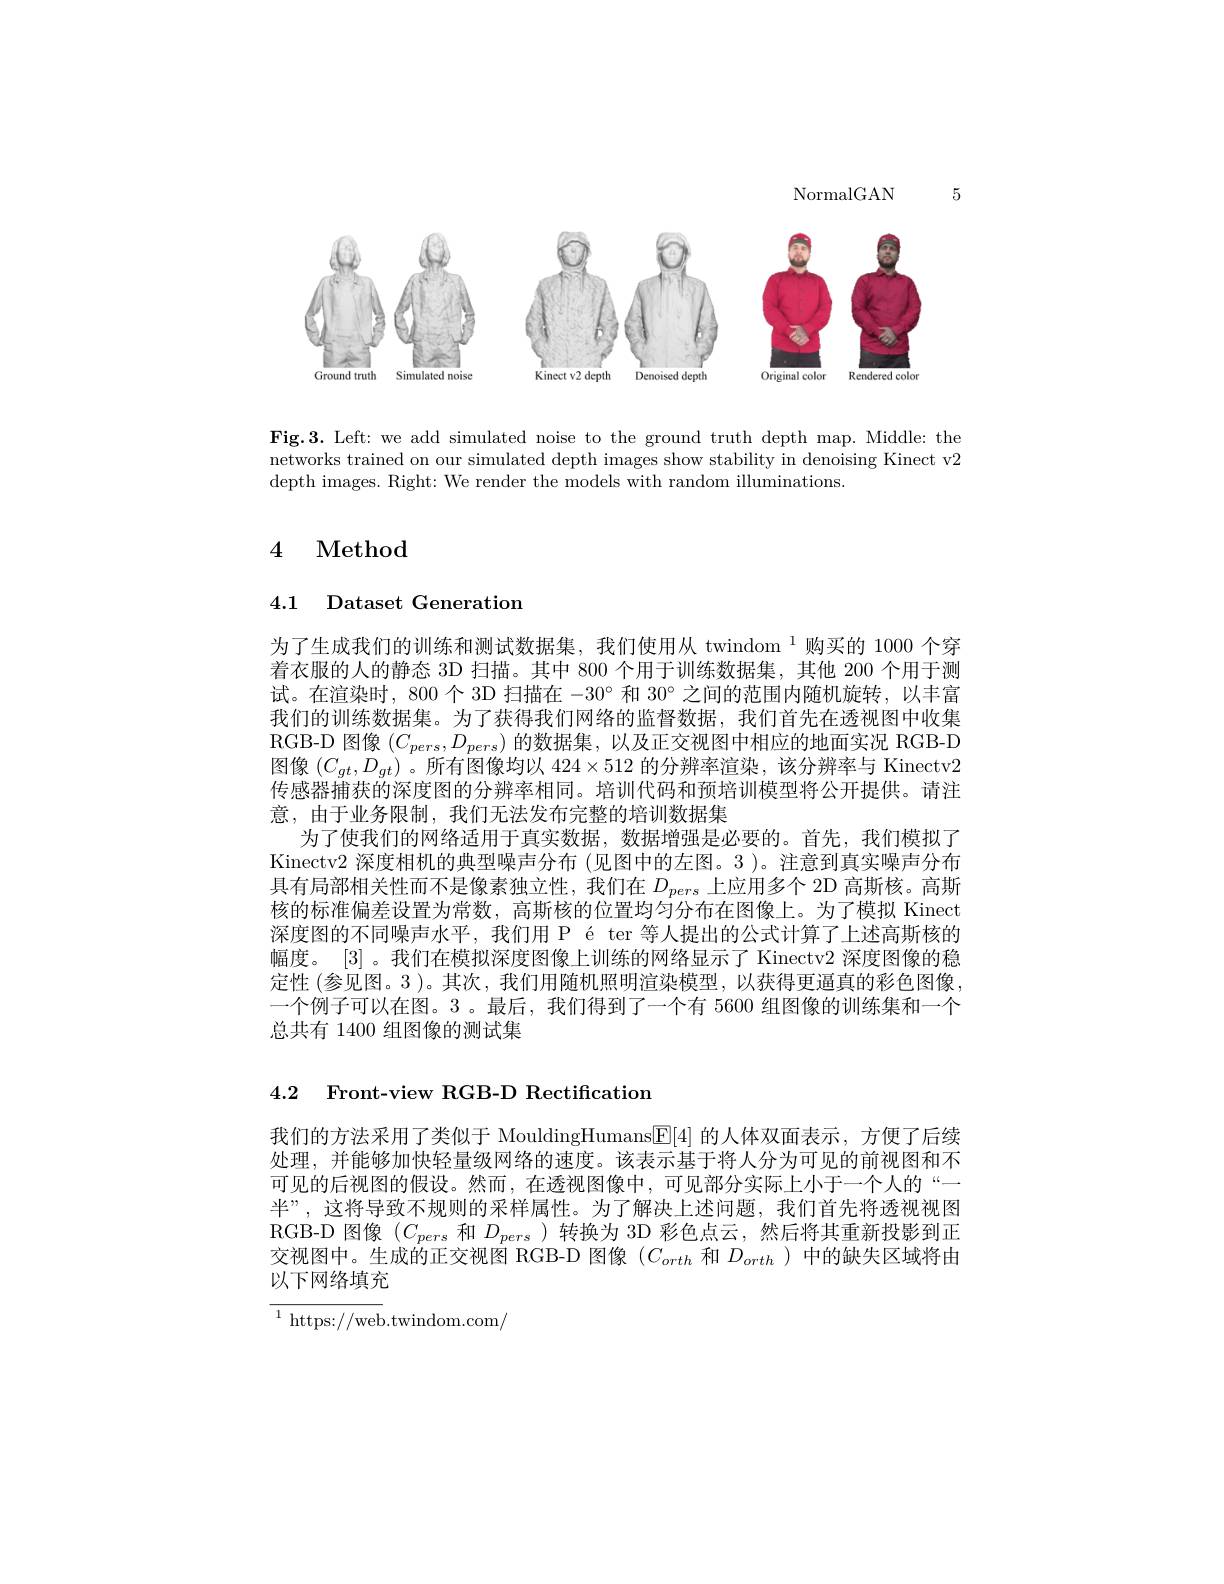
5

NormalGAN

<FigureHere>

Fig.3. Left: we add simulated noise to the ground truth depth map. Middle: the networks trained on our simulated depth images show stability in denoising Kinect v2 depth images. Right: We render the models with random illuminations.

## 4 Method

4.1 Dataset Generation

为了生成我们的训练和测试数据集，我们使用从 twindom $^{1}$购买的 1000 个穿着衣服的人的静态 3D 扫描。其中 800 个用于训练数据集，其他 200 个用于测试。在渲染时，800 个 3D 扫描在$-30^{\circ}$和 30°之间的范围内随机旋转，以丰富我们的训练数据集。为了获得我们网络的监督数据，我们首先在透视图中收集RGB-D 图像$(C_{pers},D_{pers})$的数据集，以及正交视图中相应的地面实况 RGB-D 图像$(C_{gt},D_{gt})$。所有图像均以$424\times512$的分辨率渲染，该分辨率与 Kinectv2传感器捕获的深度图的分辨率相同。培训代码和预培训模型将公开提供。请注意，由于业务限制，我们无法发布完整的培训数据集
为了使我们的网络适用于真实数据，数据增强是必要的。首先，我们模拟了Kinectv2 深度相机的典型噪声分布 (见图中的左图。3 )。注意到真实噪声分布具有局部相关性而不是像素独立性，我们在$D_pers$上应用多个 2D 高斯核。高斯核的标准偏差设置为常数，高斯核的位置均匀分布在图像上。为了模拟 Kinect 深度图的不同噪声水平，我们用 P é ter 等人提出的公式计算了上述高斯核的幅度。[3] 。我们在模拟深度图像上训练的网络显示了 Kinectv2 深度图像的稳定性 (参见图。3 )。其次，我们用随机照明渲染模型，以获得更逼真的彩色图像， 一个例子可以在图。3 。最后，我们得到了一个有 5600 组图像的训练集和一个总共有 1400 组图像的测试集

4.2 Front-view RGB-D Rectification

我们的方法采用了类似于 MouldingHumans$\underline{\mathrm{F}}[4]$的人体双面表示，方便了后续处理，并能够加快轻量级网络的速度。该表示基于将人分为可见的前视图和不可见的后视图的假设。然而，在透视图像中，可见部分实际上小于一个人的“— 半”,这将导致不规则的采样属性。为了解决上述问题，我们首先将透视视图RGB-D 图像($C_{pers}$和$D_{pers}$ )转换为 3D 彩色点云，然后将其重新投影到正交视图中。生成的正交视图 RGB-D 图像$(C_{orth}$和$D_{orth}$ )中的缺失区域将由以下网络填充

$^{1}$ https://web.twindom.com/